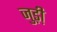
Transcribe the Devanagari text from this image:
जुड़ी़